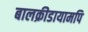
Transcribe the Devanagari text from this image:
बालक्रीडायामपि